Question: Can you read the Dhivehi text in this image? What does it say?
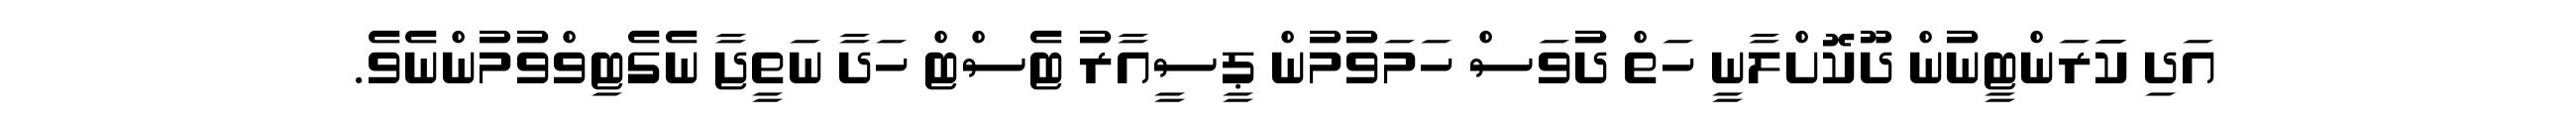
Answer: އަދި ކަަަރަންޓީނުން ދޫކޮށްލާނީ ހަތް ދުވަސް ހަމަވުމުން ޕީސީއާރު ޓެސްޓް ހަދާ ނަތީޖާ ނެގެޓިވްވުމުންނެވެ.